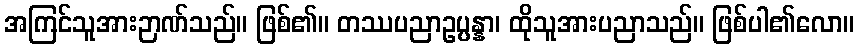
အကြင်သူအားဉာဏ်သည်။ ဖြစ်၏။ တဿပညာဥပ္ပန္နာ၊ ထိုသူအားပညာသည်။ ဖြစ်ပါ၏လော။